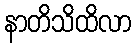
နာတိသိထိလာ